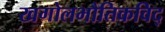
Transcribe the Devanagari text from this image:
खगोलभौतिकविद्